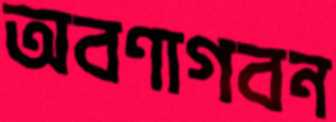
অবণাগবন